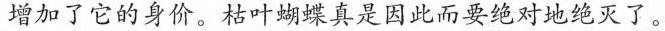
增加了它的身价。枯叶蝴蝶真是因此而要绝对地绝灭了。